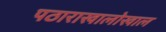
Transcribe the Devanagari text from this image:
पठाराखालोखाल